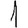
Digit: 1